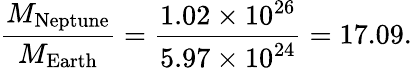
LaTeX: {\frac{M_{\mathrm{Neptune}}}{M_{\mathrm{Earth}}}}={\frac{1.02\times 10^{26}}{5.97\times 10^{24}}}=17.09.